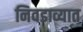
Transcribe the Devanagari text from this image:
निवडाव्यात